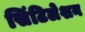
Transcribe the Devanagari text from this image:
सिंटिलेशन